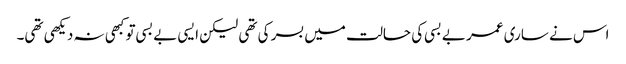
اس نے ساری عمر بے بسی کی حالت میں بسر کی تھی لیکن ایسی بے بسی تو کبھی نہ دیکھی تھی۔